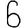
Digit: 6